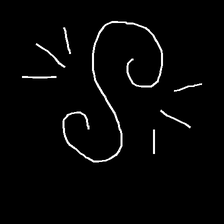
Glyph: wind-directs-air